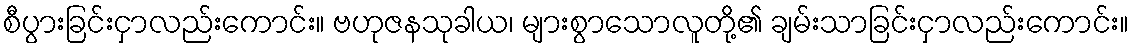
စီပွားခြင်းငှာလည်းကောင်း။ ဗဟုဇနသုခါယ၊ များစွာသောလူတို့၏ ချမ်းသာခြင်းငှာလည်းကောင်း။